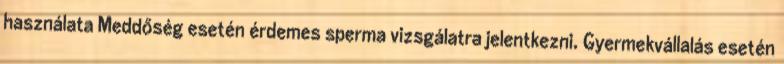
használata Meddőség esetén érdemes sperma vizsgálatra jelentkezni. Gyermekvállalás esetén